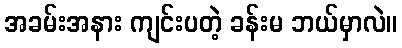
အခမ်းအနား ကျင်းပတဲ့ ခန်းမ ဘယ်မှာလဲ။